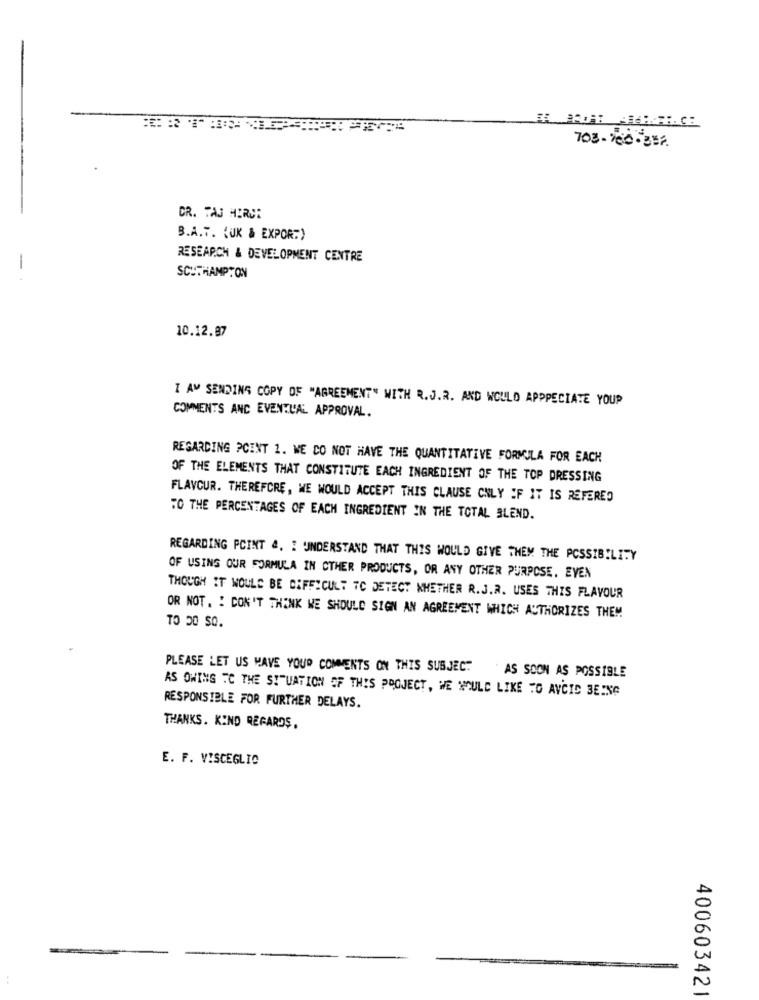
703- 780- 357
CR. TAJ HIRDE
B.A.T. (UK & EXPOR:)
RESEARCH & DEVELOPMENT CENTRE
SOUTHAMPTON
10.12.87
I AM SENDING COPY OF "AGREEMENT" WITH R.J.R. AND WOULD APPRECIATE YOUR
COMMENTS AND EVENTUAL APPROVAL.
REGARDING POINT 1. WE DO NOT HAVE THE QUANTITATIVE FORMULA FOR EACH
OF THE ELEMENTS THAT CONSTITUTE EACH INGREDIENT OF THE TOP DRESSING
FLAVOUR. THEREFORE, WE WOULD ACCEPT THIS CLAUSE ONLY IF IT IS REFERED
TO THE PERCENTAGES OF EACH INGREDIENT IN THE TOTAL BLEND.
REGARDING PCINT &. I UNDERSTAND THAT THIS WOULD GIVE THEM THE POSSIBILITY
OF USING OUR FORMULA IN CTHER PRODUCTS, OR ANY OTHER PURPOSE. EVEN
THOUGH IT WOULD BE DIFFICULT TO DETECT WHETHER R.J.A. USES THIS FLAVOUR
OR NOT. : DON'T THINK WE SHOULD SIGN AN AGREEMENT WHICH AUTHORIZES THEM
TO 30 SQ.
PLEASE LET US HAVE YOUR COMMENTS ON THIS SUBJECT AS SOON AS POSSIBLE
AS OWING TC THE SITUATION OF THIS PROJECT, WE WOULD LIKE TO AVOID BEING
RESPONSIBLE FOR FURTHER DELAYS.
THANKS. KIND REGARDS,
E. F. VISCEGLIO
400603421